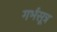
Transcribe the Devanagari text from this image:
गर्भसूत्र